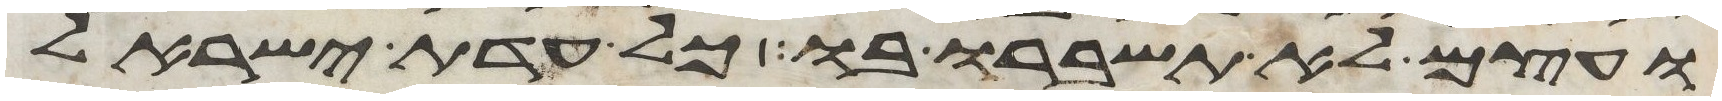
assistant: ועצם לא תשברו בו כל עדת ישראל